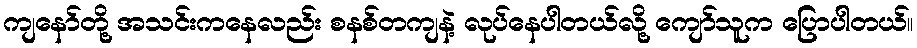
ကျနော်တို့ အသင်းကနေလည်း စနစ်တကျနဲ့ လုပ်နေပါတယ်လို့ ကျော်သူက ပြောပါတယ်။